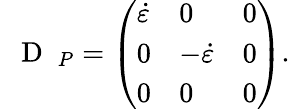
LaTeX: \mathrm{~\mathbf~{~D~}~}_{P}=\left(\begin{array}{lll}{\dot{\varepsilon}}&{0}&{0}\\ {0}&{-\dot{\varepsilon}}&{0}\\ {0}&{0}&{0}\end{array}\right).